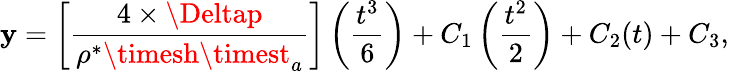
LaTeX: \mathbf{y}=\left[\frac{{4\times\Deltap}}{{\rho^{*}\timesh\timest_{a}}}\right]\left(\frac{{t^{3}}}{{6}}\right)+C_{1}\left(\frac{{t^{2}}}{{2}}\right)+C_{2}(t)+C_{3},